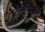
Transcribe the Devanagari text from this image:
बेळुंजी